Vaccination in Burma 1920-1933 - 1920-1933
Year: 1920
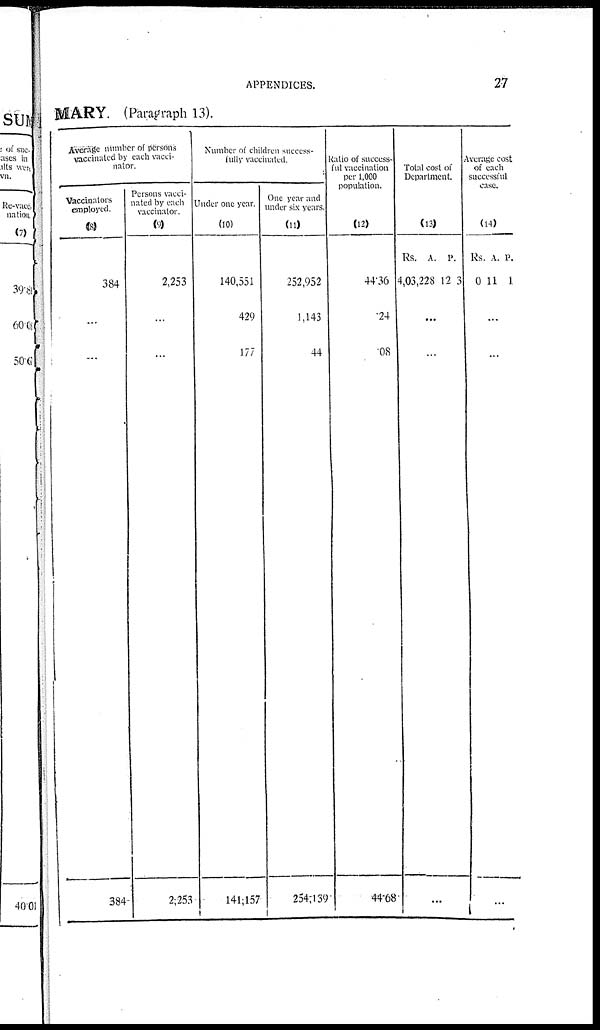
APPENDICES.
27
MARY. (Paragraph 13).
Average number of persons
vaccinated by each vacci-
nator.
Vaccinators
employed.
(8)
384
...
...
384
Persons vacci-
nated by each
vaccinator.
(9)
2,253
...
...
2,253
Number of children success-
fully vaccinated.
Under one year.
(10)
140,551
429
177
141,157
One year and
under six years.
(11)
252,952
1,143
44
254,139
Ratio of success-
ful vaccination
per 1,000
population.
(12)
44.36
.24
.08
44.68
Total cost of
Department.
(13)
Rs.
4,03,228
A.
12
P.
3
...
...
...
Average cost
of each
successful
case.
(14)
Rs.
0
A.
11
P.
1
...
...
...